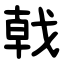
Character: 戟